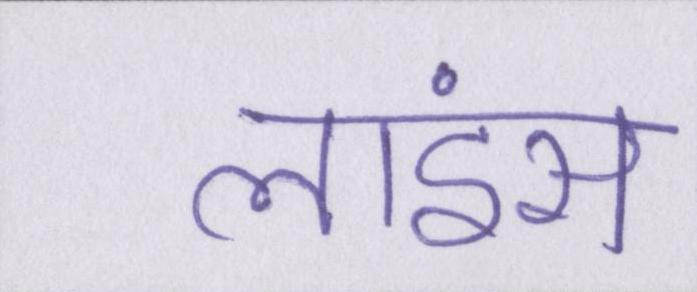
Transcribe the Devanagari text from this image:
लाइंस